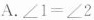
A.$$∠ 1 = ∠ 2$$